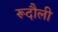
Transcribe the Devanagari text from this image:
रूदौली